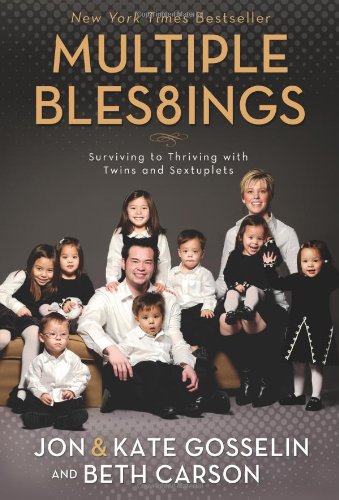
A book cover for Multiple Bles8ings: Surviving to Thriving with Twins and Sextuplets; Jon Gosselin; Parenting & Relationships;